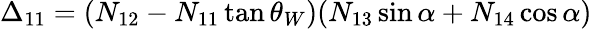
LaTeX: \Delta_{11}=(N_{12}-N_{11}\tan\theta_{W})(N_{13}\sin\alpha+N_{14}\cos\alpha)